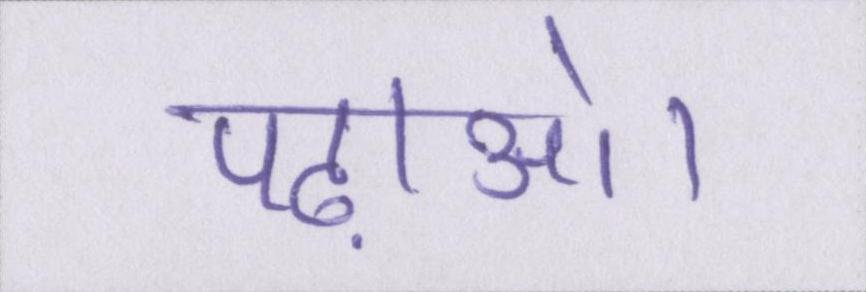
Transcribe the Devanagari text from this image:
पढ़ाओ।